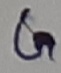
Text: G